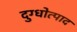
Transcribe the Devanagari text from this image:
दुग्धोत्पाद